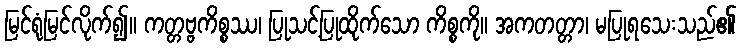
မြင်ရုံမြင်လိုက်၍။ ကတ္တဗ္ဗကိစ္စဿ၊ ပြုသင့်ပြုထိုက်သော ကိစ္စကို။ အကတတ္တာ၊ မပြုရသေးသည်၏